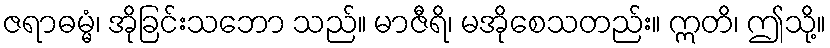
ဇရာဓမ္မံ၊ အိုခြင်းသဘော သည်။ မာဇီရိ၊ မအိုစေသတည်း။ ဣတိ၊ ဤသို့။